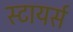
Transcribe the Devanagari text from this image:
स्टायर्स